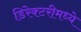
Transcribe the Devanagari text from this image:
डिरेक्टरीमध्ये